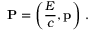
\mathbf { P } = \left( { \frac { E } { c } } , \mathbf { p } \right) \, .